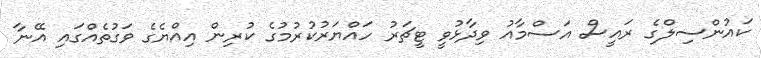
ކައުންސިލްގެ ރައީސް އަސްމާއު ވިދާޅުވީ ޓީޗަރު ހައްޔަރުކުރުމުގެ ކުރިން އިއްޔެގެ ވަގުތެއްގައި އޭނާ